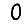
Digit: 0